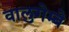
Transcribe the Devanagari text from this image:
वालुगेम्बे